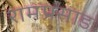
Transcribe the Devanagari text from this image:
रामप्रसाड